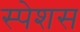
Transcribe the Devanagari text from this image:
स्पेशस